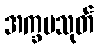
အက္ခမသုတ်